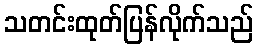
သတင်းထုတ်ပြန်လိုက်သည်